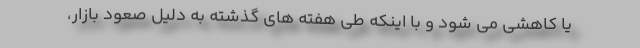
یا کاهشی می شود و با اینکه طی هفته های گذشته به دلیل صعود بازار،